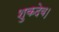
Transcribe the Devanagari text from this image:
शुकदेव।